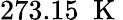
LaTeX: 273.15\; \mathrm{~K~}